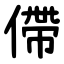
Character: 僀